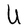
Character: U